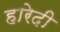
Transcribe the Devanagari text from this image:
हारेदी